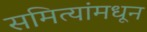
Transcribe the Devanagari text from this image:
समित्यांमधून